Sketch of the medical history of the native army of Bombay, for the year
Year: 1876
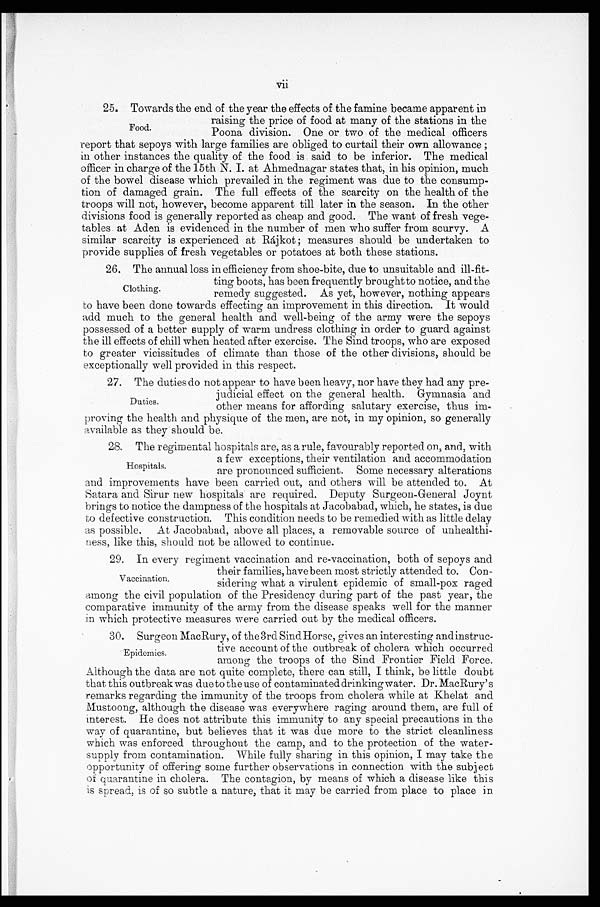
vii
25. Towards the end of the year the effects of the famine became apparent in
raising the price of food at many of the stations in the
Poona division. One or two of the medical officers
report that sepoys with large families are obliged to curtail their own allowance ;
in other instances the quality of the food is said to be inferior. The medical
officer in charge of the 15th N. I. at Ahmednagar states that, in his opinion, much
of the bowel disease which prevailed in the regiment was due to the consump
-tion of damaged grain. The full effects of the scarcity on the health of the
troops will not, however, become apparent till later in the season. In the other
divisions food is generally reported as cheap and good. The want of fresh vege
-tables at Aden is evidenced in the number of men who suffer from scurvy. A
similar scarcity is experienced at Rájkot; measures should be undertaken to
provide supplies of fresh vegetables or potatoes at both these stations.
26. The annual loss in efficiency from shoe-bite, due to unsuitable and ill-fit
-ting boots, has been frequently brought to notice, and the
remedy suggested. As yet, however, nothing appears
to have been done towards effecting an improvement in this direction. It would
add much to the general health and well-being of the army were the sepoys
possessed of a better supply of warm undress clothing in order to guard against
the ill effects of chill when heated after exercise. The Sind troops, who are exposed
to greater vicissitudes of climate than those of the other divisions, should be
exceptionally well provided in this respect.
27. The duties do not appear to have been heavy, nor have they had any pre
-judicial effect on the general health. Gymnasia and
other means for affording salutary exercise, thus im
- p r o v i n g t h e h e a l t h a n d p h y s i q u e o f t h e m e n , a r e n o t , i n m y o p i n i o n , s o g e n e r a l l y
available as they should be.
28. The regimental hospitals are, as a rule, favourably reported on, and, with
a few exceptions, their ventilation and accommodation.
are pronounced sufficient. Some necessary alterations
and improvements have been carried out, and others will be attended to. At
Satara and Sirur new hospitals are required. Deputy Surgeon-General Joynt
brings to notice the dampness of the hospitals at Jacobabad, which, he states, is due
to defective construction. This condition needs to be remedied with as little delay
as possible. At Jacobabad, above all places, a removable source of unhealthi
-ness, like this, should not be allowed to continue.
29. In every regiment vaccination and re-vaccination, both of sepoys and
their families, have been most strictly attended to. Con
-sidering what a virulent epidemic of small-pox raged
among the civil population of the Presidency during part of the past year, the
comparative immunity of the army from the disease speaks well for the manner
in which protective measures were carried out by the medical officers.
30. Surgeon MacRury, of the 3rd Sind Horse, gives an interesting andinstruc
-tive account of the outbreak of cholera which occurred
among the troops of the Sind Frontier Field Force.
Although the data are not quite complete, there can still, I think, be little doubt
that this outbreak was due to the use of contaminated drinking water. Dr. MacRury's
remarks regarding the immunity of the troops from cholera while at Khelat and
Mustoong, although the disease was everywhere raging around them, are full of
interest. He does not attribute this immunity to any special precautions in the
way of quarantine, but believes that it was due more to the strict cleanliness
which was enforced throughout the camp, and to the protection of the water
- s u p p l y f r o m c o n t a m i n a t i o n . W h i l e f u l l y s h a r i n g i n t h i s o p i n i o n , I m a y t a k e t h e
opportunity of offering some further observations in connection with the subject
of quarantine in cholera. The contagion, by means of which a disease like this
is spread, is of so subtle a nature, that it may be carried from place to place in
Food.
Clothing.
Duties.
Hospitals.
Vaccination.
Epidemics.